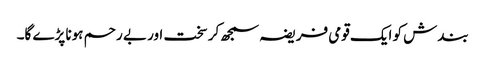
بندش کو ایک قومی فریضہ سمجھ کر سخت اور بے رحم ہونا پڑے گا۔